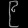
Digit: ၉